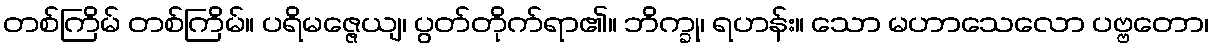
တစ်ကြိမ် တစ်ကြိမ်။ ပရိမဇ္ဇေယျ၊ ပွတ်တိုက်ရာ၏။ ဘိက္ခု၊ ရဟန်း။ သော မဟာသေလော ပဗ္ဗတော၊